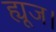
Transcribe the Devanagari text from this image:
ह्यूज।